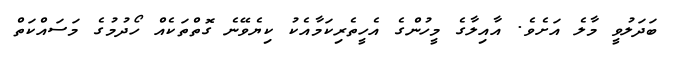
ބަދަލުވީ މާލެ އަށެވެ. އާއިލާގެ މީހުންގެ އެހީތެރިކަމާއެކު ކިޔެވޭނެ ގޮތްތަކެއް ހޯދުމުގެ މަސައްކަތް